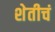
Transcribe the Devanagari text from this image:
शेतीचं